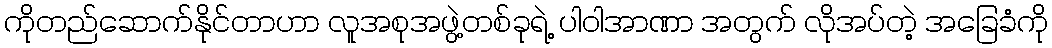
ကိုတည်ဆောက်နိုင်တာဟာ လူအစုအဖွဲ့တစ်ခုရဲ့ ပါဝါအာဏာ အတွက် လိုအပ်တဲ့ အခြေခံကို